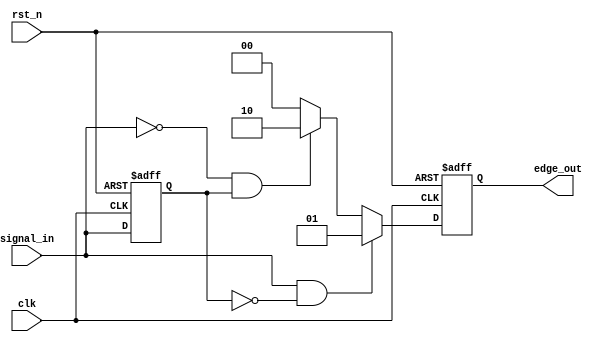
module differential_edge_detector (
    input wire clk,               // Clock signal
    input wire rst_n,             // Asynchronous reset (active low)
    input wire signal_in,         // Input signal to be monitored
    output reg [1:0] edge_out     // Output signal indicating edge: 1 (rising), -1 (falling), 0 (no edge)
);
    reg signal_prev;              // Register to hold the previous state of the input signal

    // Asynchronous reset and edge detection logic
    always @(posedge clk or negedge rst_n) begin
        if (!rst_n) begin
            signal_prev <= 1'b0;   // Initialize previous signal state to 0
            edge_out <= 2'b00;     // Initialize output to 0 
        end else begin
            // Edge detection logic
            if (signal_in && !signal_prev) begin
                edge_out <= 2'b01; // Rising edge detected
            end else if (!signal_in && signal_prev) begin
                edge_out <= 2'b10; // Falling edge detected
            end else begin
                edge_out <= 2'b00; // No edge detected
            end
            
            // Update the previous signal state
            signal_prev <= signal_in;
        end
    end
endmodule